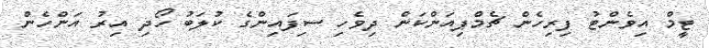
ޓީމް އިވެންޓު ފިރިހެން ޗެމްޕިއަންކަން ދިވެހި ސިފައިންގެ ކުލަބު ހޯދި އިރު އަންހެން